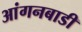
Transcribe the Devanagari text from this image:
आंगनबाडी